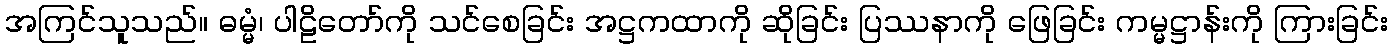
အကြင်သူသည်။ ဓမ္မံ၊ ပါဠိတော်ကို သင်စေခြင်း အဋ္ဌကထာကို ဆိုခြင်း ပြဿနာကို ဖြေခြင်း ကမ္မဋ္ဌာန်းကို ကြားခြင်း